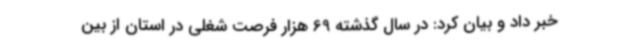
خبر داد و بیان کرد: در سال گذشته 69 هزار فرصت شغلی در استان از بین